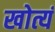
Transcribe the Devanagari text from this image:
खोत्यं